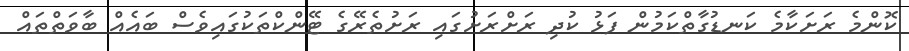
ކޮންމެ ރަށަކާމެ ކަނޑުގާތްކަމުން ފަޅު ކުދި ރަށްރަށުގައި ރަށުތެރޭގެ ޓޭންކްތަކުގައިވެސް ބައެއް ބާވަތްތައް